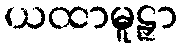
ယထာမူဠှာ